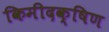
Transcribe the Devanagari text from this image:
किमीदक्षिण